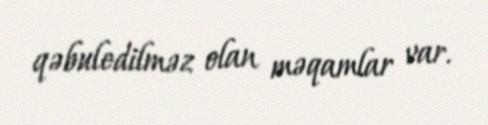
qəbuledilməz olan məqamlar var.